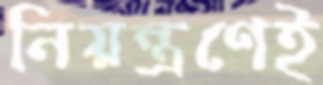
নিয়ন্ত্রণেই